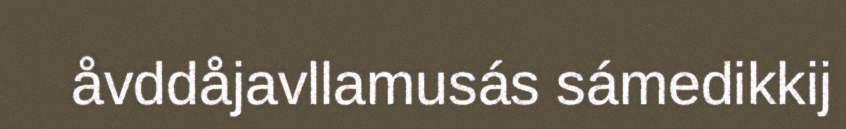
åvddåjavllamusás sámedikkij